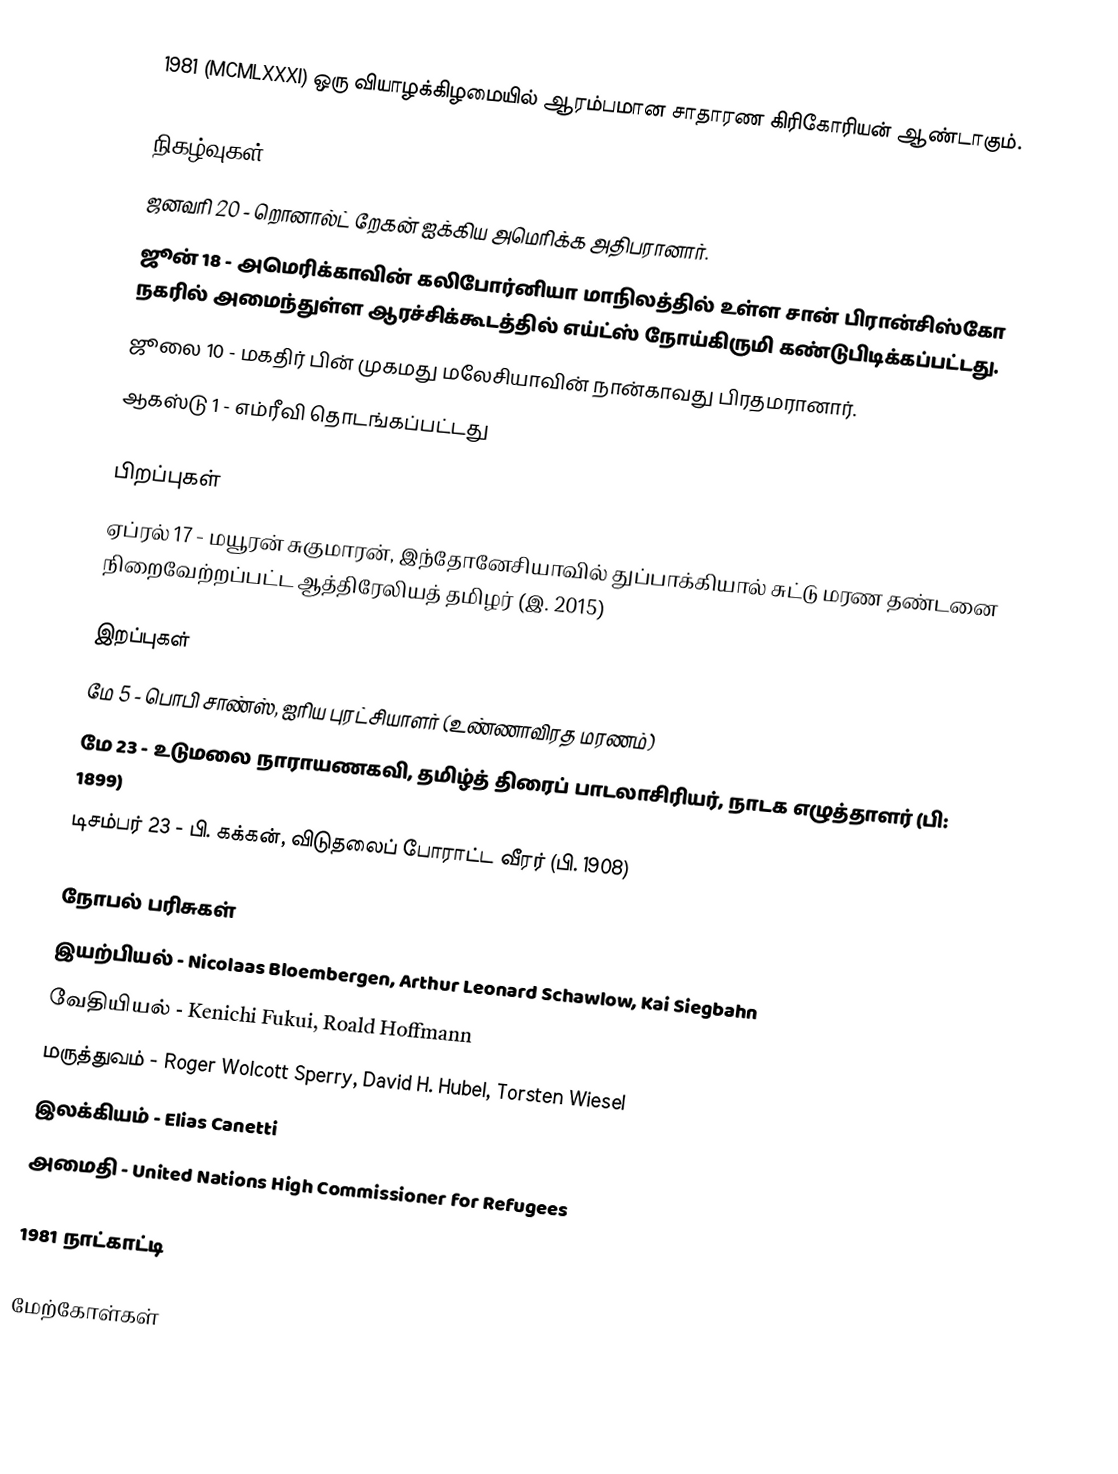
1981  (MCMLXXXI) ஒரு வியாழக்கிழமையில் ஆரம்பமான சாதாரண கிரிகோரியன் ஆண்டாகும்.

நிகழ்வுகள்
 ஜனவரி 20 - றொனால்ட் றேகன் ஐக்கிய அமெரிக்க அதிபரானார்.
 ஜூன் 18 - அமெரிக்காவின் கலிபோர்னியா மாநிலத்தில் உள்ள சான் பிரான்சிஸ்கோ நகரில் அமைந்துள்ள ஆரச்சிக்கூடத்தில் எய்ட்ஸ் நோய்கிருமி கண்டுபிடிக்கப்பட்டது.
 ஜூலை 10 - மகதிர் பின் முகமது மலேசியாவின் நான்காவது பிரதமரானார்.
 ஆகஸ்டு 1 - எம்ரீவி தொடங்கப்பட்டது

பிறப்புகள்
ஏப்ரல் 17 - மயூரன் சுகுமாரன், இந்தோனேசியாவில் துப்பாக்கியால் சுட்டு மரண தண்டனை நிறைவேற்றப்பட்ட ஆத்திரேலியத் தமிழர் (இ. 2015)

இறப்புகள்
 மே 5 - பொபி சாண்ஸ், ஐரிய புரட்சியாளர் (உண்ணாவிரத மரணம்)
 மே 23 - உடுமலை நாராயணகவி, தமிழ்த் திரைப் பாடலாசிரியர், நாடக எழுத்தாளர் (பி: 1899)
 டிசம்பர் 23 - பி. கக்கன், விடுதலைப் போராட்ட வீரர் (பி. 1908)

நோபல் பரிசுகள்
 இயற்பியல் - Nicolaas Bloembergen, Arthur Leonard Schawlow, Kai Siegbahn
 வேதியியல் - Kenichi Fukui, Roald Hoffmann
 மருத்துவம் - Roger Wolcott Sperry, David H. Hubel, Torsten Wiesel
 இலக்கியம் - Elias Canetti
 அமைதி - United Nations High Commissioner for Refugees

1981 நாட்காட்டி

மேற்கோள்கள்